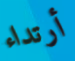
أرتداء